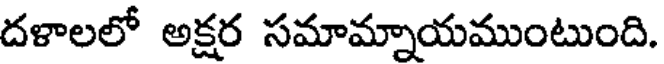
దళాలలో అక్షర సమామ్నాయముంటుంది.